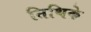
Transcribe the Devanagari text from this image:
तिथिके